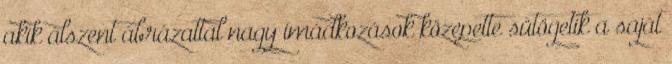
akik álszent ábrázattal nagy imádkozások közepette sütögetik a saját